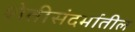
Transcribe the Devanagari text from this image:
शेतीसंदर्भातील